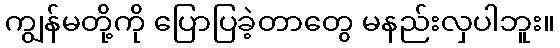
ကျွန်မတို့ကို ပြောပြခဲ့တာတွေ မနည်းလှပါဘူး။